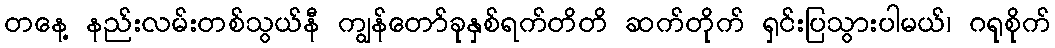
တနေ့ နည်းလမ်းတစ်သွယ်နီ ကျွန်တော်ခုနှစ်ရက်တိတိ ဆက်တိုက် ရှင်းပြသွားပါမယ်၊ ဂရုစိုက်